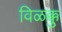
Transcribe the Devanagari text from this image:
विळक्कु